Annual administration report of the Civil Veterinary Department of India - 1895-1896
Year: 1895
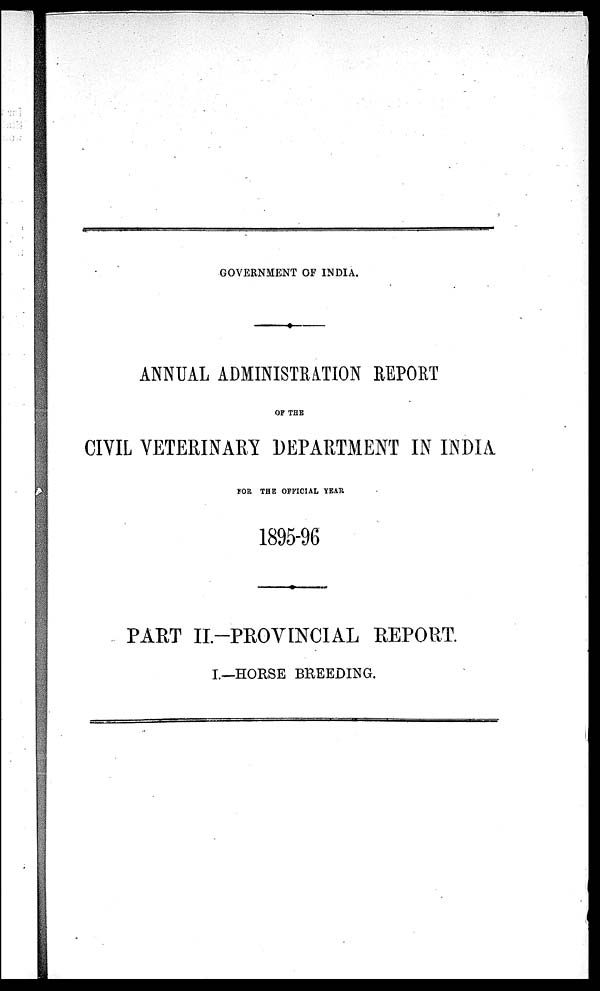
GOVERNMENT OF INDIA.
———
ANNUAL ADMINISTRATION REPORT
OF THE
CIVIL VETERINARY DEPARTMENT IN INDIA
FOR THE OFFICIAL YEAR
1895-96
PART II.-PROVINCIAL REPORT.
I.—HORSE BREEDING.